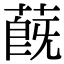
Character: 蔇